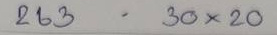
263 - 30 x 20